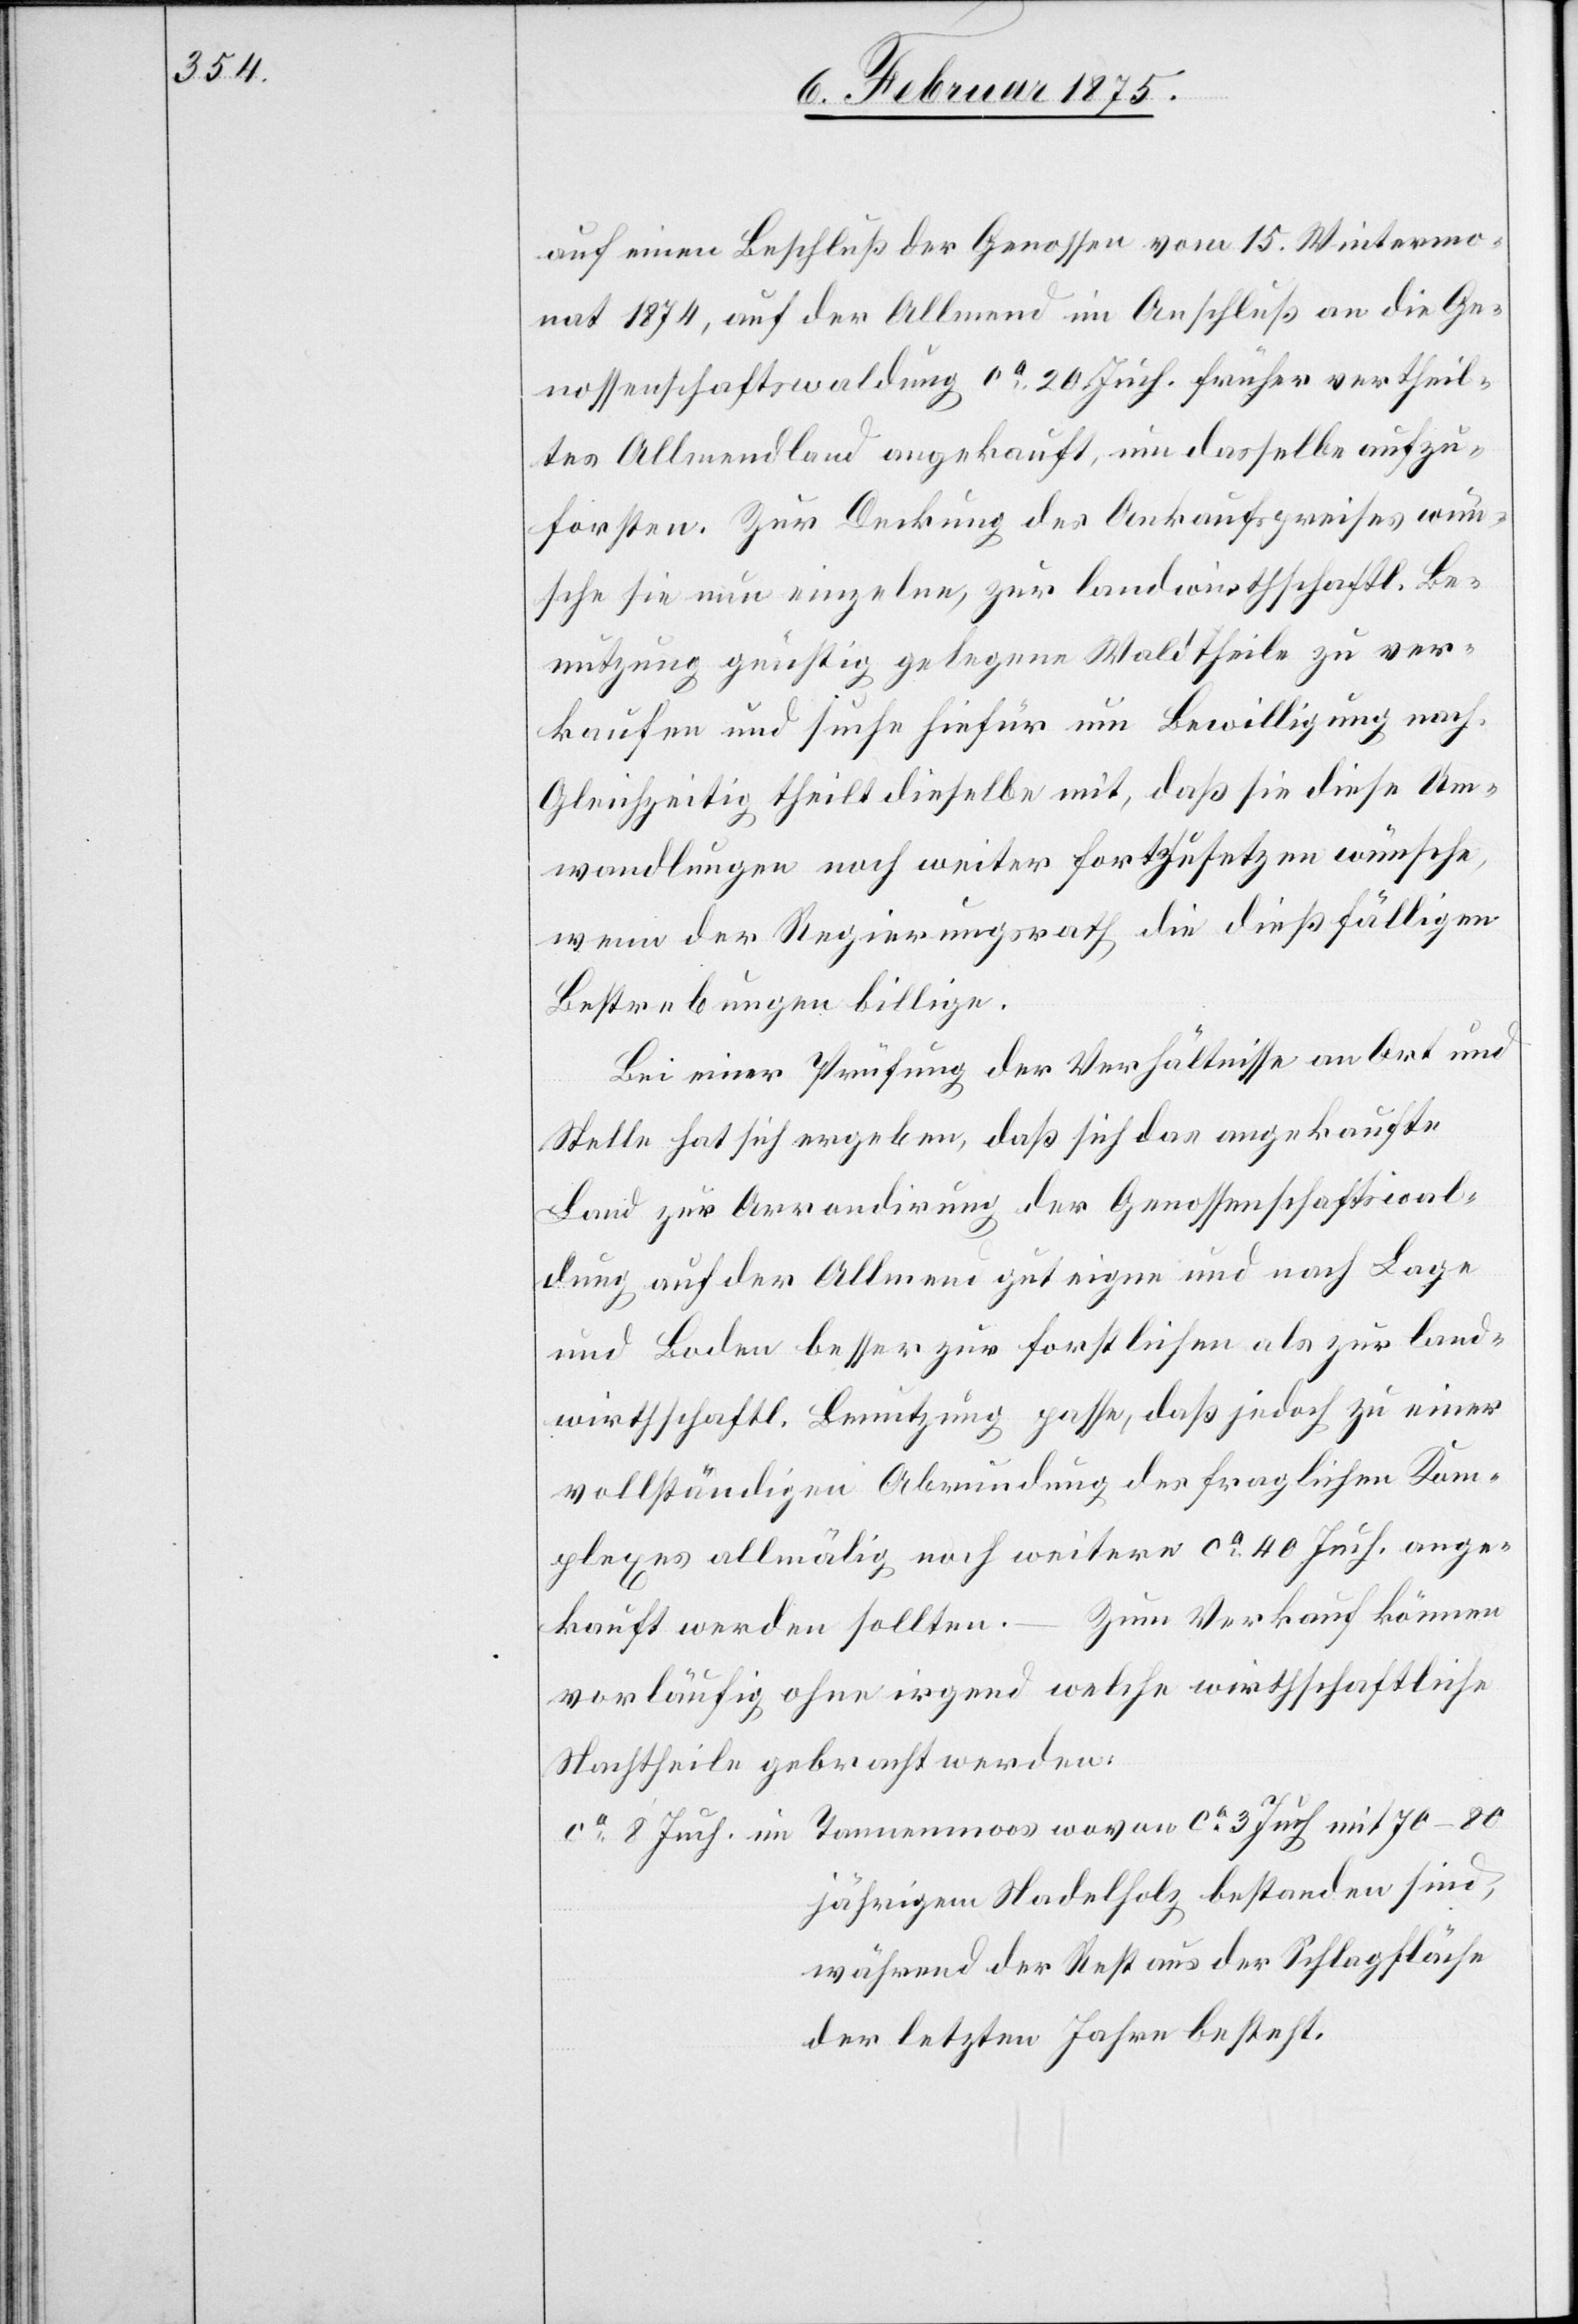
auf einen Beschluß der Genossen vom 15. Wintermo¬
nat 1874, auf der Allmend im Anschluß an die Ge¬
nossenschaftswaldung ca 20 Juch. früher vertheil¬
tes Allmendland angekauft, um dasselbe aufzu¬
forsten. Zur Deckung des Ankaufspreises wün¬
sche sie nun einzelne, zur landwirthschaftl. Be¬
nutzung günstig gelegene Waldtheile zu ver¬
kaufen und suche hiefür um Bewilligung nach.
Gleichzeitig theilt dieselbe mit, daß sie diese Um¬
wandlungen noch weiter fortzusetzen wünsche,
wenn der Regierungsrath die dießfälligen
Bestrebungen billige.
Bei einer Prüfung der Verhältnisse an Ort und
Stelle hat sich ergeben, daß sich das angekaufte
Land zur Arrondirung der Genossenschaftswal¬
dung auf der Allmend gut eigne und nach Lage
und Boden besser zur forstlichen als zur land¬
wirtschaftl. Benutzung passe, daß jedoch zu einer
vollständigen Abrundung des fraglichen Kom¬
plexes allmälig noch weitere ca 40 Juch. ange¬
Zum Verkauf können
mit
kauft werden sollten.
vorläufig ohne irgend welche wirthschaftliche
Nachtheile gebracht werden:
jährigem Nadelholz bestanden sind,
während der Rest aus der Schlagfläche
der letzten Jahre besteht.